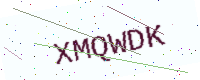
Text: XMQWDK